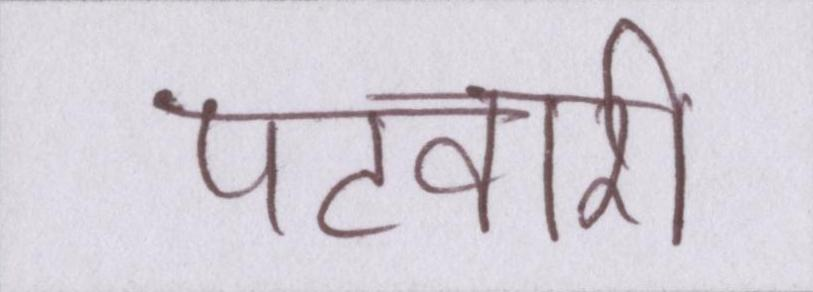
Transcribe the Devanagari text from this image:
पटवारी